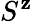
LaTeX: S^{\mathbf{z}}